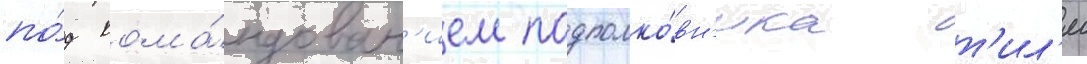
по́д кома́ндован'ием подполко́вн'ика т'ил'я